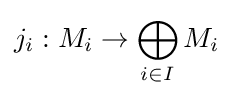
j_{i}:M_{i}\rightarrow \bigoplus _{i\in I}M_{i}